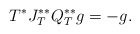
\begin{align*} T^*J_T^{**}Q_T^{**}g=-g.\end{align*}